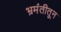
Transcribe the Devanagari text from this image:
भ्रमंतीतून